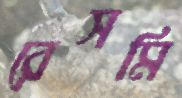
রেসমি